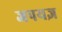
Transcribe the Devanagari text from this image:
जपयज्ञ